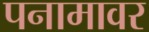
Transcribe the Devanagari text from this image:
पनामावर